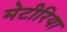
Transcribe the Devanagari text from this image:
मेटीरिया